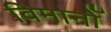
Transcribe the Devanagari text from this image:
विमानोँ